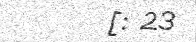
[: 23